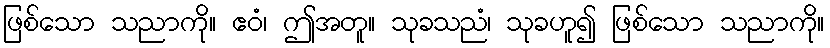
ဖြစ်သော သညာကို။ ဧဝံ၊ ဤအတူ။ သုခသညံ၊ သုခဟူ၍ ဖြစ်သော သညာကို။